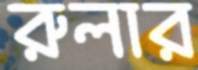
রুলার